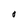
Character: O